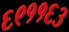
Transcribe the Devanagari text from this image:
६९११६३